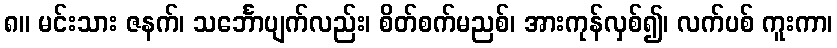
၈။ မင်းသား ဇနက်၊ သင်္ဘောပျက်လည်း၊ စိတ်စက်မညစ်၊ အားကုန်လှစ်၍၊ လက်ပစ် ကူးကာ၊